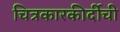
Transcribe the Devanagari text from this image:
चित्रकारकीर्दीची